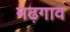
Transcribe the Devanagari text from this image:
मढ़गाव